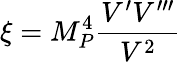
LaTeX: \xi=M_{P}^{4}\frac{V^{\prime}V^{\prime\prime\prime}}{V^{2}}